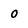
Character: o